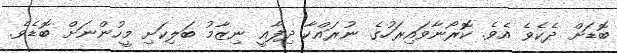
ބޮޑަށް ދެކެވެ އެވެ. ކޮރޯނާވައިރަހުގެ ނުރައްކާ ދިފާއީ ނިޒާމު ބަލިކަށި މީހުންނަށް ބޮޑެވެ.